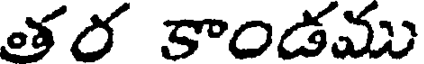
తర కాండము